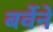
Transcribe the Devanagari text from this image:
बर्वेने